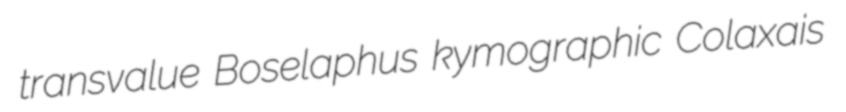
transvalue Boselaphus kymographic Colaxais